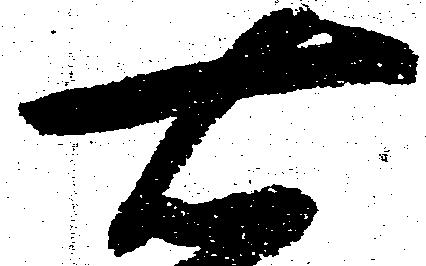
右